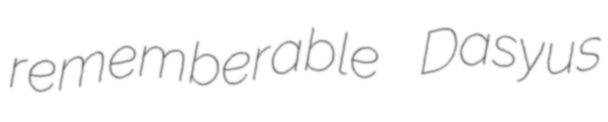
rememberable Dasyus